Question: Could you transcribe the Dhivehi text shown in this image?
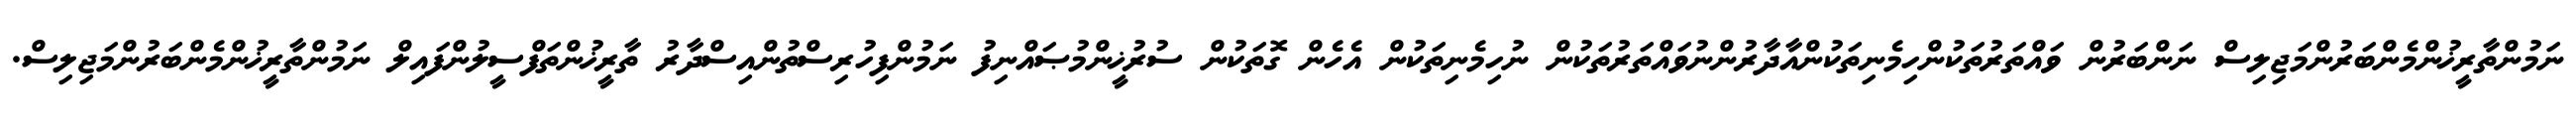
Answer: ނަމުންތާރީޚުންމެންބަރުންމަޖިލިސް ނަންބަރުން ވައްތަރުތަކުންހިމެނިތަކުންއާދާރުންނުވައްތަރުތަކުން ނުހިމެނިތަކުން އެހެން ގޮތަކުން ސުރުޚީންމުޞައްނިފު ނަމުންފިހުރިސްތުންއިސްދާރު ތާރީޚުންތަފްސީލުންފައިލް ނަމުންތާރީޚުންމެންބަރުންމަޖިލިސް.